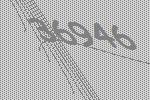
36946